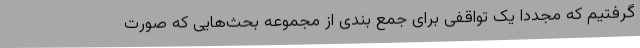
گرفتیم که مجددا یک تواقفی برای جمع بندی از مجموعه بحث‌هایی که صورت